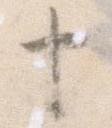
十